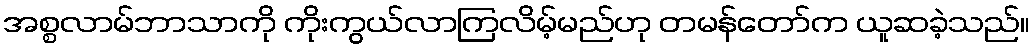
အစ္စလာမ်ဘာသာကို ကိုးကွယ်လာကြလိမ့်မည်ဟု တမန်တော်က ယူဆခဲ့သည်။